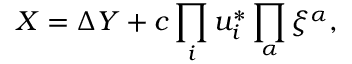
X = \Delta Y + c \prod _ { i } u _ { i } ^ { * } \prod _ { \alpha } \xi ^ { \alpha } ,